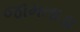
જામતાડા